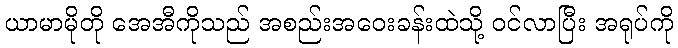
ယာမာမိုတို အေအီကိုသည် အစည်းအဝေးခန်းထဲသို့ ဝင်လာပြီး အရုပ်ကို